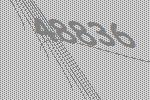
48836